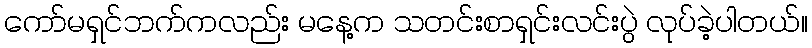
ကော်မရှင်ဘက်ကလည်း မနေ့က သတင်းစာရှင်းလင်းပွဲ လုပ်ခဲ့ပါတယ်။